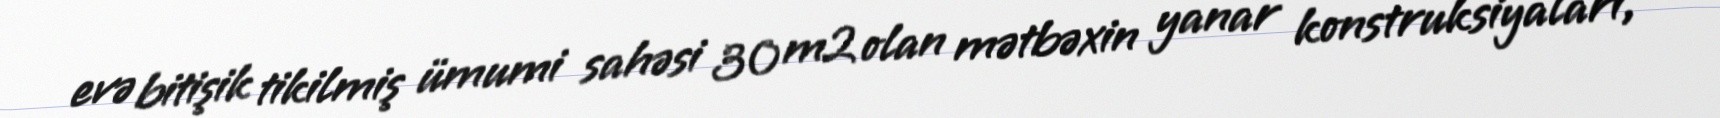
evə bitişik tikilmiş ümumi sahəsi 30 m2 olan mətbəxin yanar konstruksiyaları,